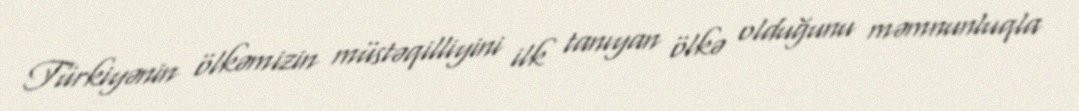
Türkiyənin ölkəmizin müstəqilliyini ilk tanıyan ölkə olduğunu məmnunluqla